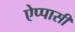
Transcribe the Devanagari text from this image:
ऐप्पासी